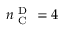
n _ { \mathrm { ~ C ~ } } ^ { \mathrm { ~ D ~ } } = 4